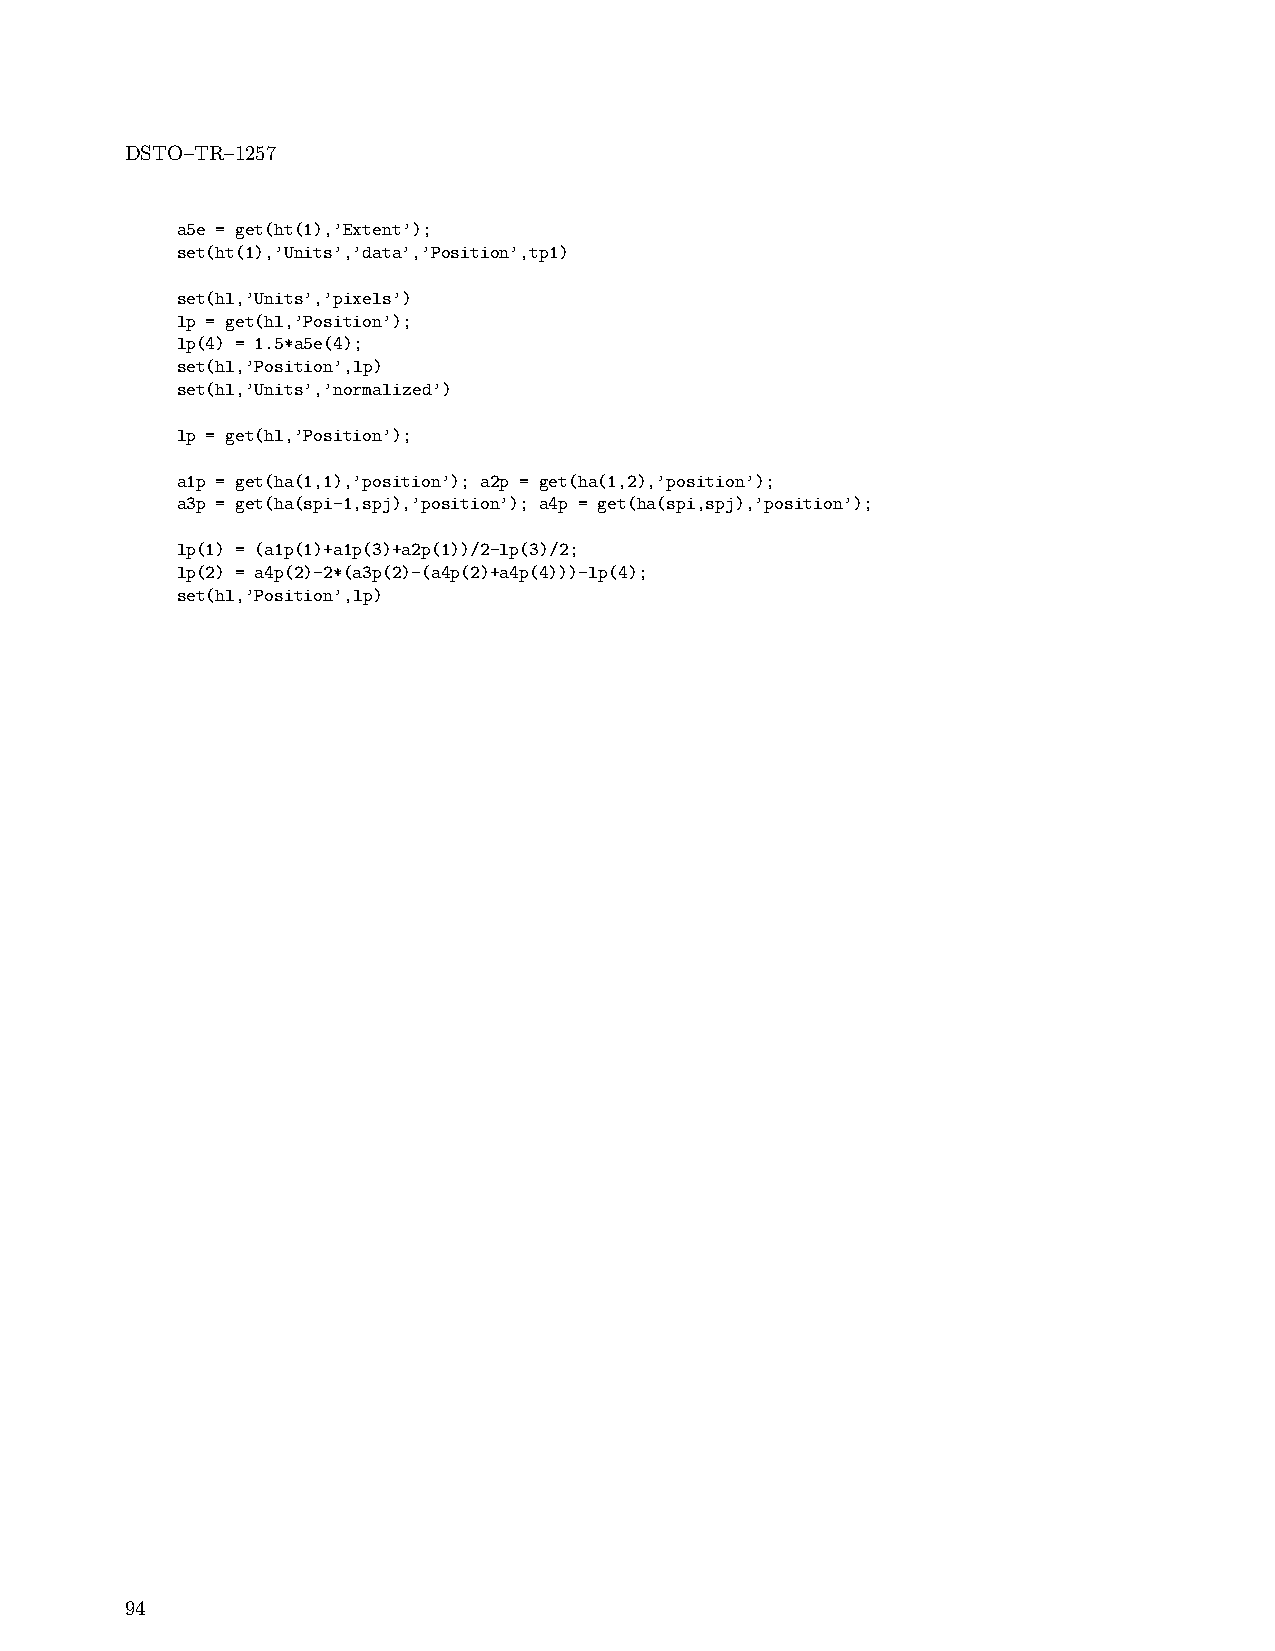
DSTO–TR–1257
 a5e = get(ht(1),’Extent’);
 set(ht(1),’Units’,’data’,’Position’,tp1)
 set(hl,’Units’,’pixels’)
 lp = get(hl,’Position’);
 lp(4) = 1.5*a5e(4);
 set(hl,’Position’,lp)
 set(hl,’Units’,’normalized’)
 lp = get(hl,’Position’);
 a1p = get(ha(1,1),’position’); a2p = get(ha(1,2),’position’);
 a3p = get(ha(spi-1,spj),’position’); a4p = get(ha(spi,spj),’position’);
 lp(1) = (a1p(1)+a1p(3)+a2p(1))/2-lp(3)/2;
 lp(2) = a4p(2)-2*(a3p(2)-(a4p(2)+a4p(4)))-lp(4);
 set(hl,’Position’,lp)
 94